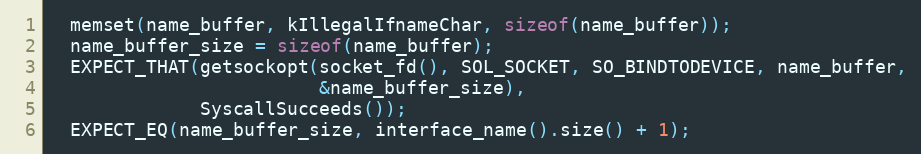
Language: C++
  memset(name_buffer, kIllegalIfnameChar, sizeof(name_buffer));
  name_buffer_size = sizeof(name_buffer);
  EXPECT_THAT(getsockopt(socket_fd(), SOL_SOCKET, SO_BINDTODEVICE, name_buffer,
                         &name_buffer_size),
              SyscallSucceeds());
  EXPECT_EQ(name_buffer_size, interface_name().size() + 1);